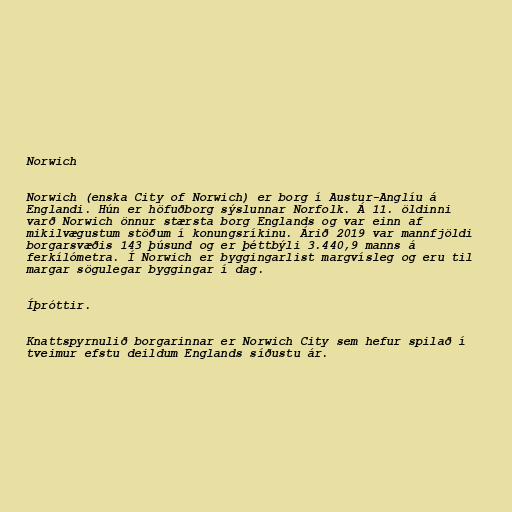
Norwich

Norwich (enska City of Norwich) er borg í Austur-Anglíu á
Englandi. Hún er höfuðborg sýslunnar Norfolk. Á 11. öldinni
varð Norwich önnur stærsta borg Englands og var einn af
mikilvægustum stöðum í konungsríkinu. Árið 2019 var mannfjöldi
borgarsvæðis 143 þúsund og er þéttbýli 3.440,9 manns á
ferkílómetra. Í Norwich er byggingarlist margvísleg og eru til
margar sögulegar byggingar í dag.

Íþróttir.

Knattspyrnulið borgarinnar er Norwich City sem hefur spilað í
tveimur efstu deildum Englands síðustu ár.